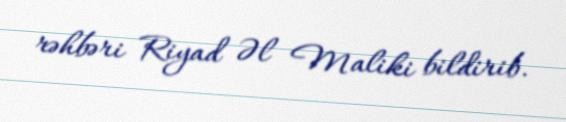
rəhbəri Riyad Əl Maliki bildirib.